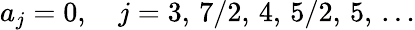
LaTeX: a_{j}=0,\quad j=3,\, 7/2,\, 4,\, 5/2,\, 5,\, \ldots